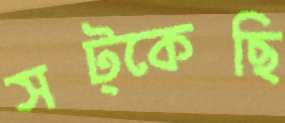
সট্‌কেছি